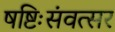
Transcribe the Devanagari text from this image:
षष्टिःसंवत्सर